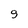
Character: 9